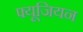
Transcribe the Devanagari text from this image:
फ्यूजियन